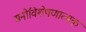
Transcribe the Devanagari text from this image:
मनोविशेषणात्मक